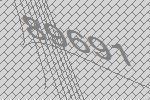
89691